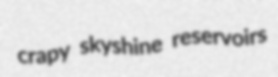
crapy skyshine reservoirs